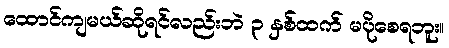
ထောင်ကျမယ်ဆိုရင်လည်းဘဲ ၃ နှစ်ထက် မပိုစေရဘူး။